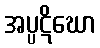
အပ္ပဋိဃော